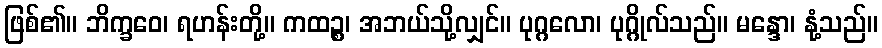
ဖြစ်၏။ ဘိက္ခဝေ၊ ရဟန်းတို့။ ကထဉ္စ၊ အဘယ်သို့လျှင်။ ပုဂ္ဂလော၊ ပုဂ္ဂိုလ်သည်။ မန္ဒော၊ နုံ့သည်။